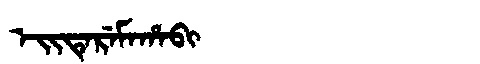
Manchu: ᡝᡳᡨᡝᡵᡝᠮᠠᡥᠠᠪᡳ
Romanization: EITEREMAHABI